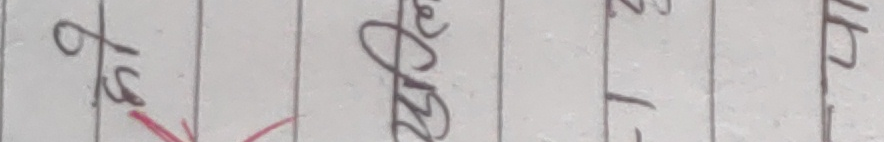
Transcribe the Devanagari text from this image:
जिल्ला